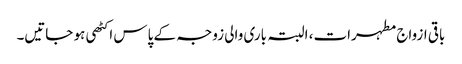
باقی ازواج مطہرات، البتہ باری والی زوجہ کے پاس اکٹھی ہو جاتیں۔